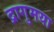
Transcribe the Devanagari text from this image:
द्रागुमया